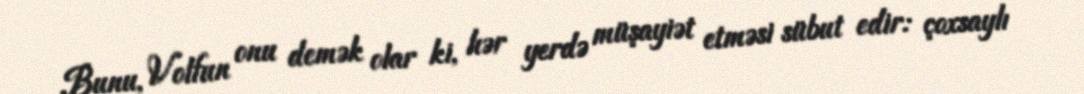
Bunu, Volfun onu demək olar ki, hər yerdə müşayiət etməsi sübut edir: çoxsaylı